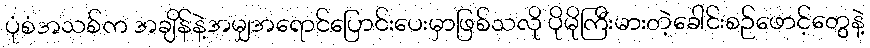
ပုံစံအသစ်က အချိန်နဲ့အမျှအရောင်ပြောင်းပေးမှာဖြစ်သလို ပိုမိုကြီးမားတဲ့ခေါင်းစဉ်ဖောင့်တွေနဲ့